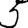
Digit: 5